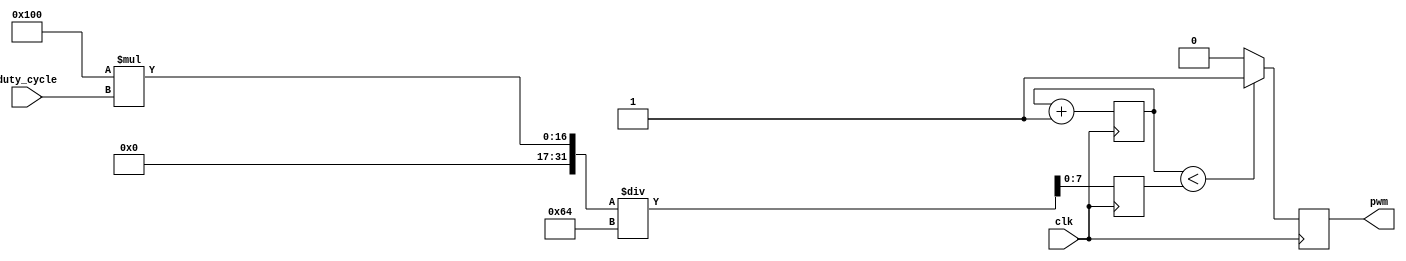
module pwm_generator(
    input wire clk,
    input wire [7:0] duty_cycle,
    output reg pwm
);

reg [7:0] threshold;
reg [7:0] counter;

always @ (posedge clk) begin
    counter <= counter + 1;
    
    threshold <= (256 * duty_cycle) / 100;
    
    if (counter < threshold) begin
        pwm <= 1;
    end else begin
        pwm <= 0;
    end
end

endmodule